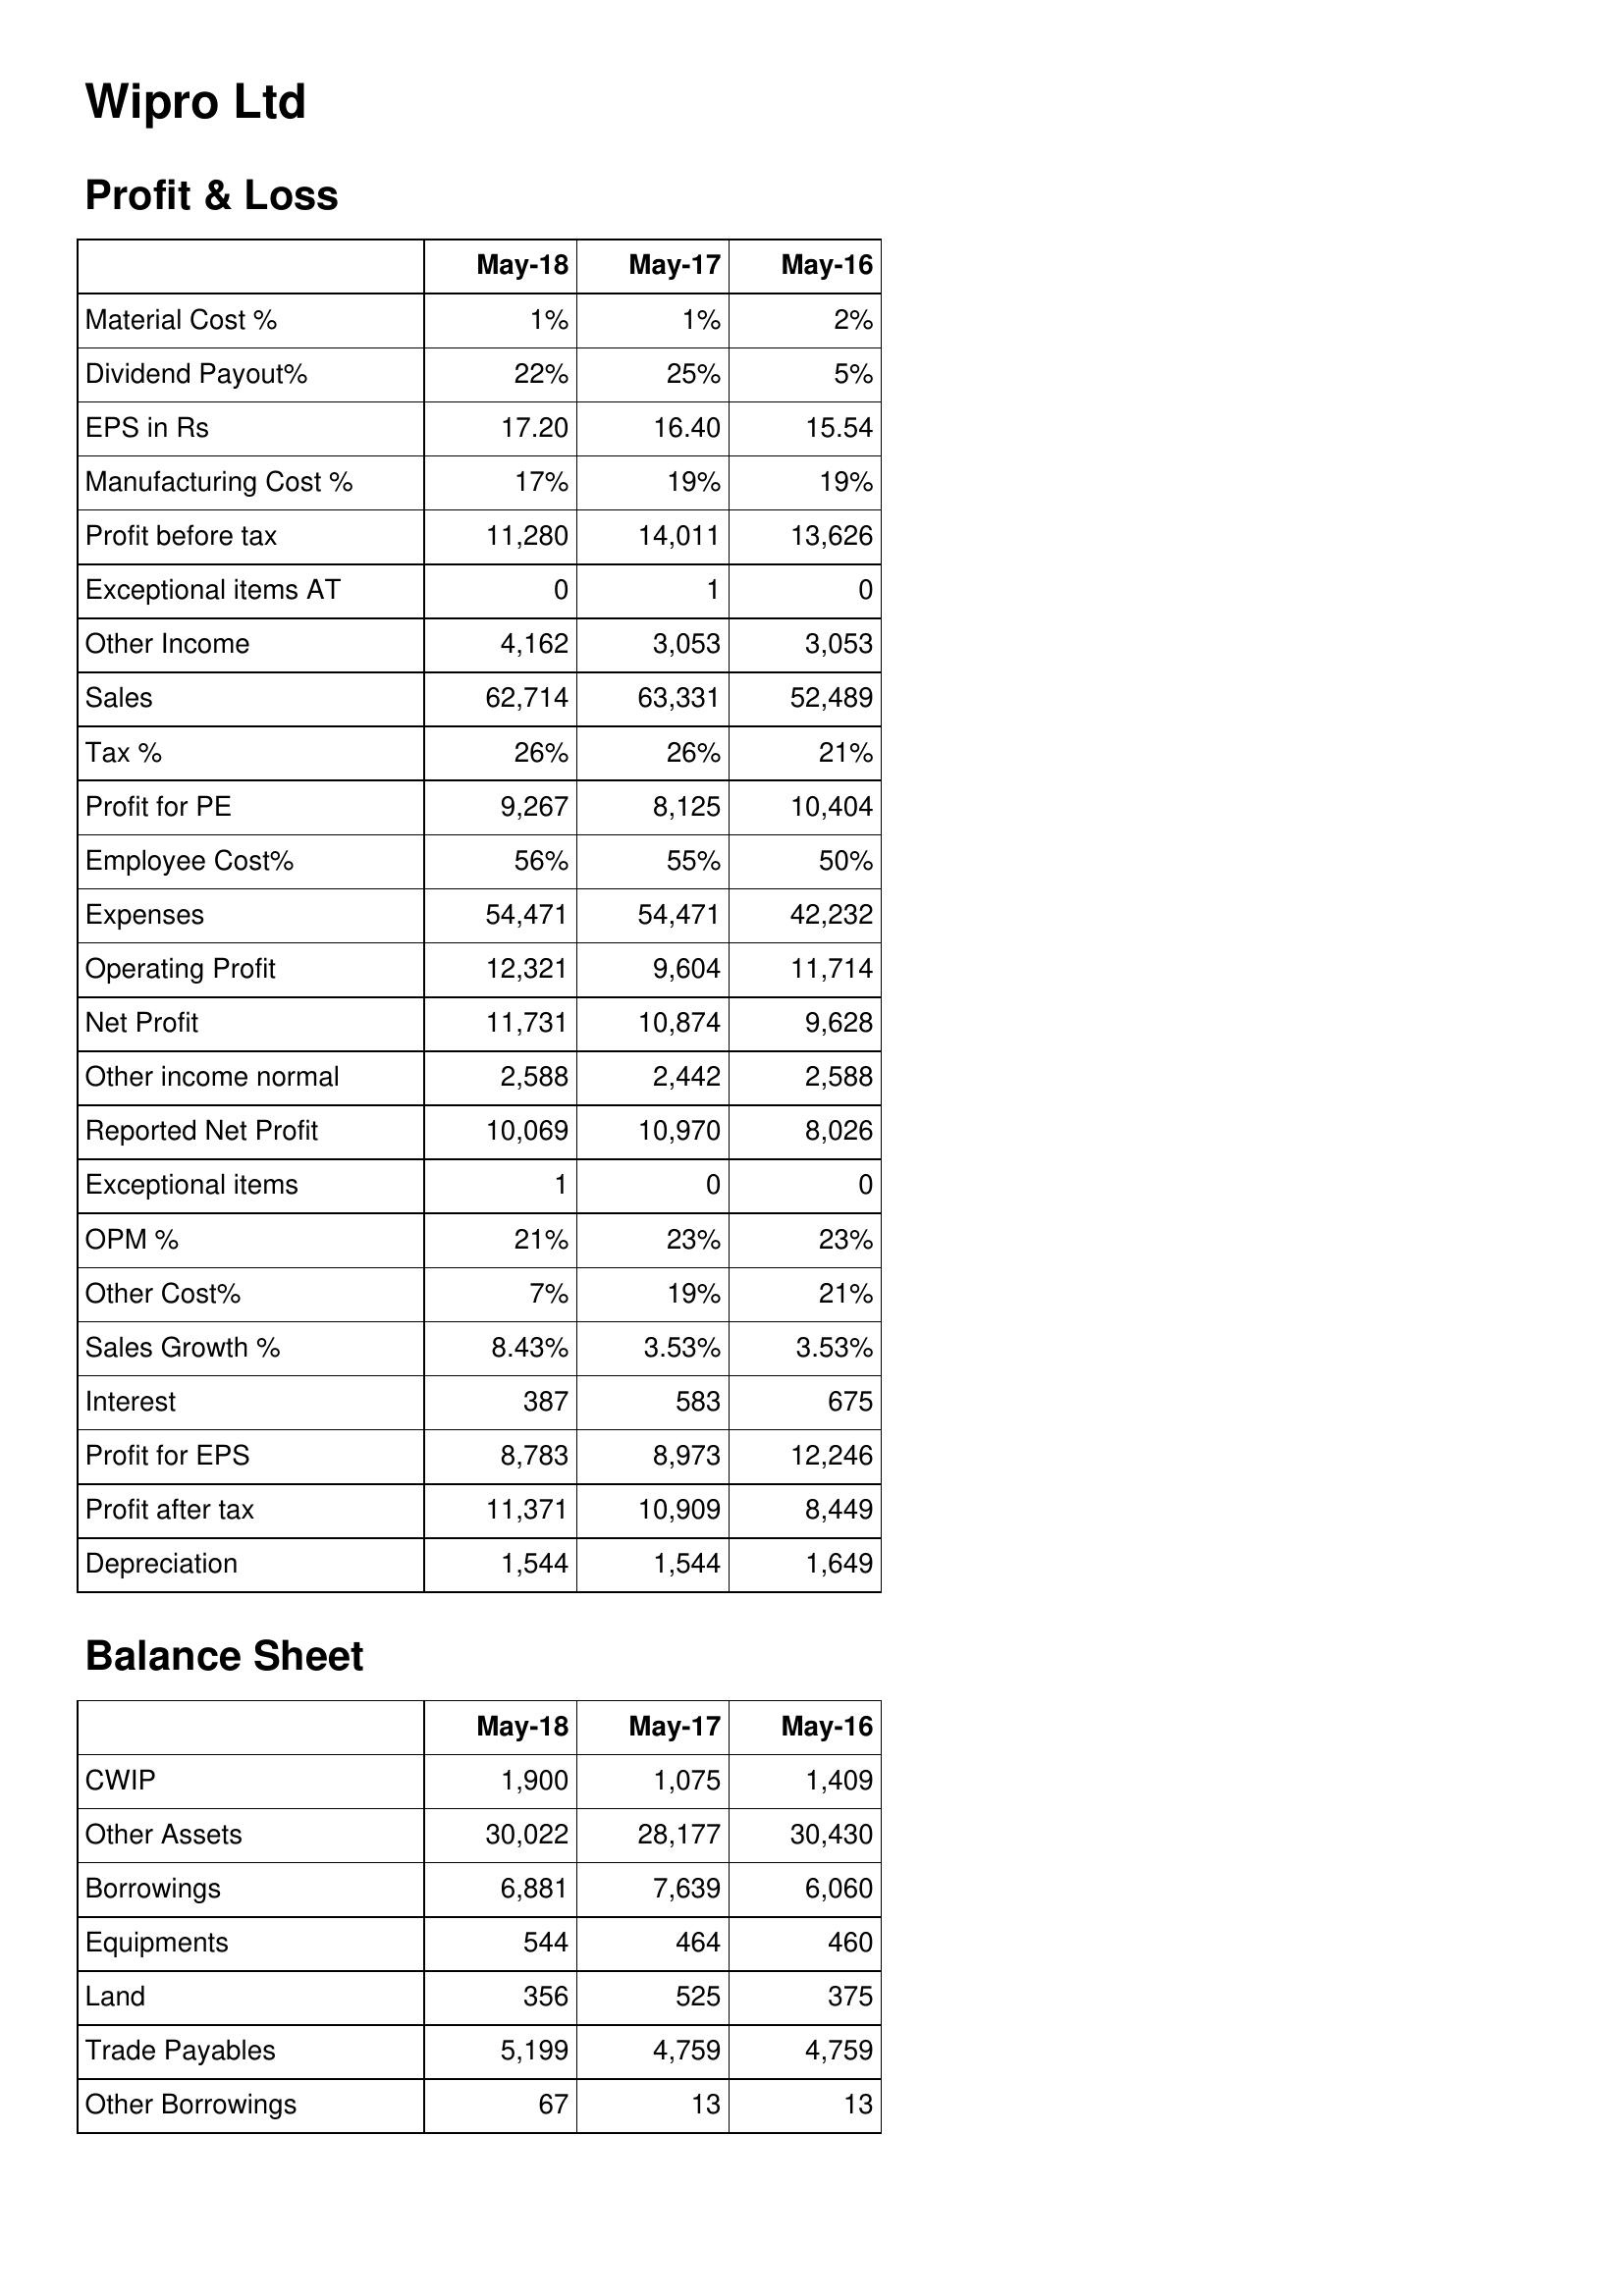
May-18: Profit & Loss: Material Cost %: 1%
Dividend Payout%: 22%
EPS in Rs: 17.20
Manufacturing Cost %: 17%
Profit before tax: 11,280
Exceptional items AT: 0
Other Income: 4,162
Sales: 62,714
Tax %: 26%
Profit for PE: 9,267
Employee Cost%: 56%
Expenses: 54,471
Operating Profit: 12,321
Net Profit: 11,731
Other income normal: 2,588
Reported Net Profit: 10,069
Exceptional items: 1
OPM %: 21%
Other Cost%: 7%
Sales Growth %: 8.43%
Interest: 387
Profit for EPS: 8,783
Profit after tax: 11,371
Depreciation: 1,544
Balance Sheet: CWIP: 1,900
Other Assets: 30,022
Borrowings: 6,881
Equipments: 544
Land: 356
Trade Payables: 5,199
Other Borrowings: 67
May-17: Profit & Loss: Material Cost %: 1%
Dividend Payout%: 25%
EPS in Rs: 16.40
Manufacturing Cost %: 19%
Profit before tax: 14,011
Exceptional items AT: 1
Other Income: 3,053
Sales: 63,331
Tax %: 26%
Profit for PE: 8,125
Employee Cost%: 55%
Expenses: 54,471
Operating Profit: 9,604
Net Profit: 10,874
Other income normal: 2,442
Reported Net Profit: 10,970
Exceptional items: 0
OPM %: 23%
Other Cost%: 19%
Sales Growth %: 3.53%
Interest: 583
Profit for EPS: 8,973
Profit after tax: 10,909
Depreciation: 1,544
Balance Sheet: CWIP: 1,075
Other Assets: 28,177
Borrowings: 7,639
Equipments: 464
Land: 525
Trade Payables: 4,759
Other Borrowings: 13
May-16: Profit & Loss: Material Cost %: 2%
Dividend Payout%: 5%
EPS in Rs: 15.54
Manufacturing Cost %: 19%
Profit before tax: 13,626
Exceptional items AT: 0
Other Income: 3,053
Sales: 52,489
Tax %: 21%
Profit for PE: 10,404
Employee Cost%: 50%
Expenses: 42,232
Operating Profit: 11,714
Net Profit: 9,628
Other income normal: 2,588
Reported Net Profit: 8,026
Exceptional items: 0
OPM %: 23%
Other Cost%: 21%
Sales Growth %: 3.53%
Interest: 675
Profit for EPS: 12,246
Profit after tax: 8,449
Depreciation: 1,649
Balance Sheet: CWIP: 1,409
Other Assets: 30,430
Borrowings: 6,060
Equipments: 460
Land: 375
Trade Payables: 4,759
Other Borrowings: 13